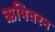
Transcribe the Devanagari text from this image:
ऋषिवरन